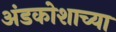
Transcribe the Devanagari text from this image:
अंडकोशाच्या